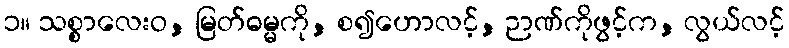
၁။ သစ္စာလေးဝ, မြတ်ဓမ္မကို, စ၍ဟောလင့်, ဉာဏ်ကိုဖွင့်က, လွယ်လင့်